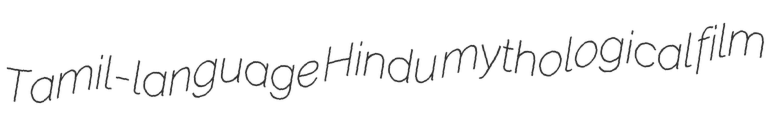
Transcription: Tamil-language Hindu mythological film